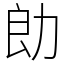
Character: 勆